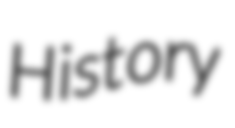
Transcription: History